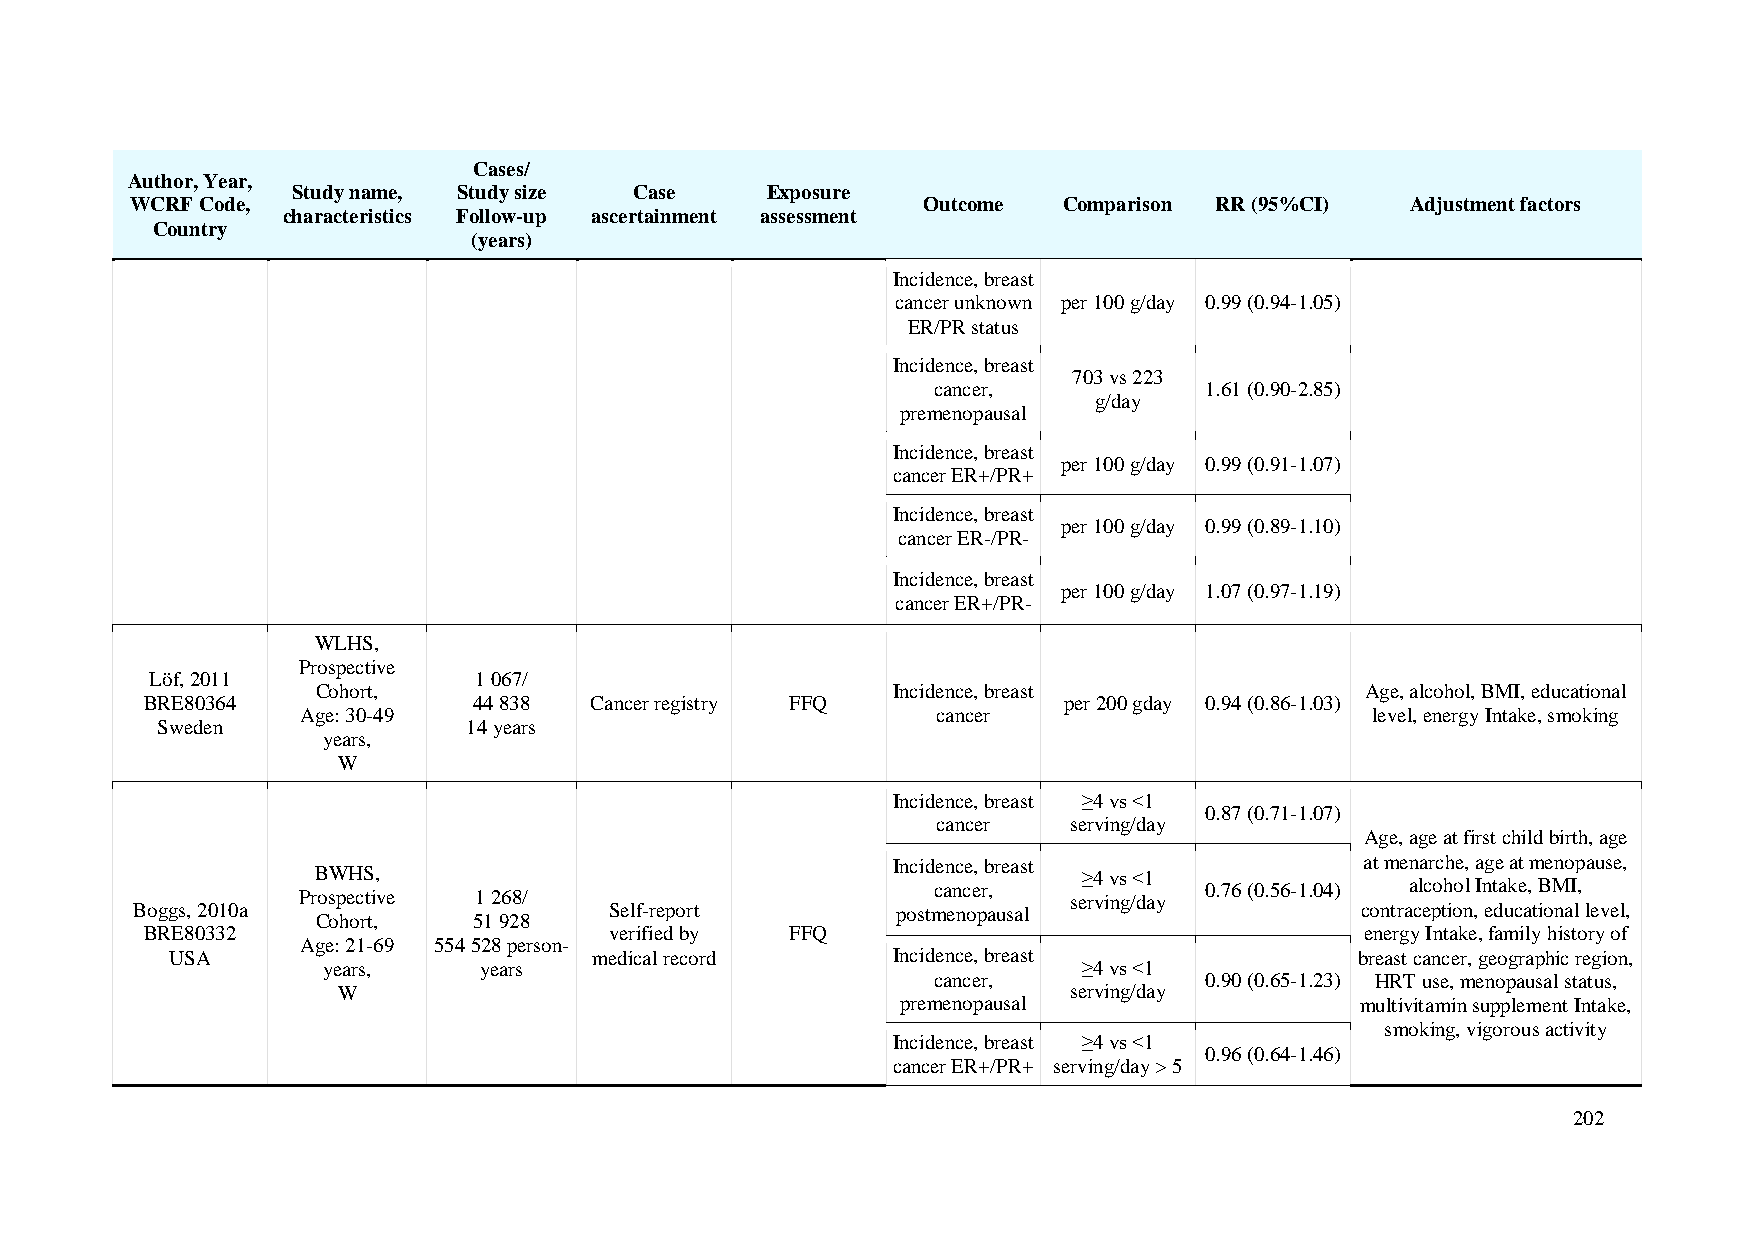
Cases/
 Author, Year,
 Study name, Study size Case     Exposure
 WCRF Code,                                          Outcome  Comparison RR (95%CI)  Adjustment factors
 characteristics Follow-up ascertainment assessment
 Country
 (years)
 Incidence, breast
 cancer unknown per 100 g/day 0.99 (0.94-1.05)
 ER/PR status
 Incidence, breast
 703 vs 223
 cancer,           1.61 (0.90-2.85)
 g/day
 premenopausal
 Incidence, breast
 per 100 g/day 0.99 (0.91-1.07)
 cancer ER+/PR+
 Incidence, breast
 per 100 g/day 0.99 (0.89-1.10)
 cancer ER-/PR-
 Incidence, breast
 per 100 g/day 1.07 (0.97-1.19)
 cancer ER+/PR-
 WLHS,
 Prospective
 Löf, 2011            1 067/
 Cohort,                               Incidence, breast              Age, alcohol, BMI, educational
 BRE80364             44 838  Cancer registry FFQ            per 200 gday 0.94 (0.86-1.03)
 Age: 30-49                                cancer                       level, energy Intake, smoking
 Sweden               14 years
 years,
 W
 Incidence, breast ≥4 vs <1
 0.87 (0.71-1.07)
 cancer   serving/day
 Age, age at first child birth, age
 Incidence, breast              at menarche, age at menopause,
 BWHS,                                              ≥4 vs <1
 cancer,           0.76 (0.56-1.04) alcohol Intake, BMI,
 Prospective 1 268/                                 serving/day
 Boggs, 2010a                   Self-report        postmenopausal                 contraception, educational level,
 Cohort,   51 928
 BRE80332                      verified by FFQ                                   energy Intake, family history of
 Age: 21-69 554 528 person-
 USA                         medical record      Incidence, breast              breast cancer, geographic region,
 years,     years                                   ≥4 vs <1
 cancer,           0.90 (0.65-1.23) HRT use, menopausal status,
 W                                                serving/day
 premenopausal                 multivitamin supplement Intake,
 smoking, vigorous activity
 Incidence, breast ≥4 vs <1
 0.96 (0.64-1.46)
 cancer ER+/PR+ serving/day > 5
 202